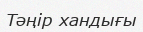
Тәңір хандығы